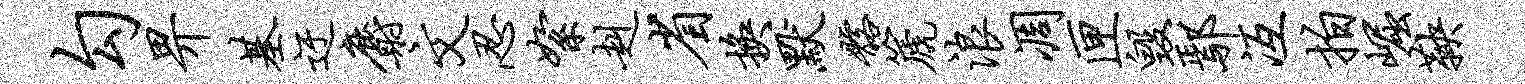
勾畀基迂麝文忍絮赳省换默髂篪浪凋匣毁鄢冱拍崛鞅